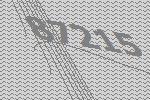
87215